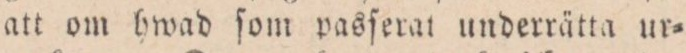
att om hwad ſom pasſerat underrätta ur=